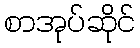
စာအုပ်ဆိုင်